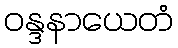
ဝန္ဒနာယေတံ